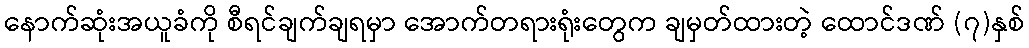
နောက်ဆုံးအယူခံကို စီရင်ချက်ချရမှာ အောက်တရားရုံးတွေက ချမှတ်ထားတဲ့ ထောင်ဒဏ် (၇)နှစ်